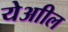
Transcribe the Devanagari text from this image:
येआील